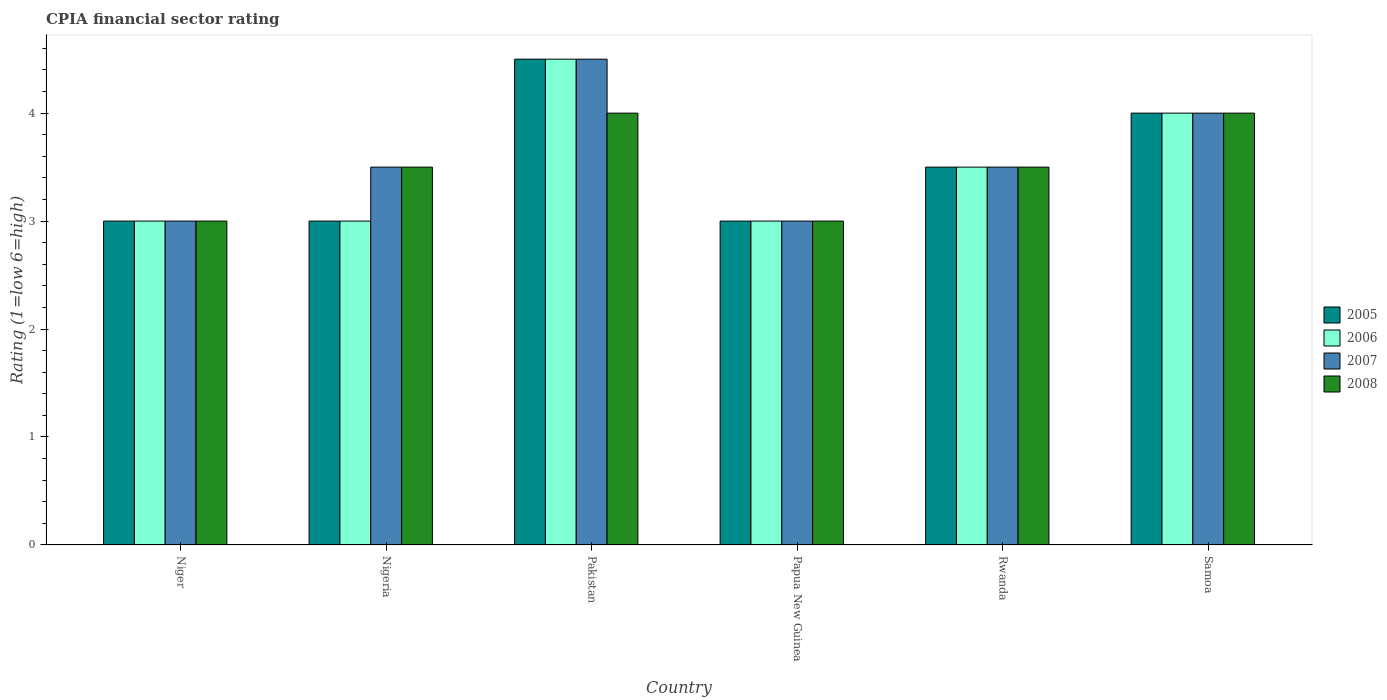
| Country | 2005 | 2006 | 2007 | 2008 |
 | --- | --- | --- | --- | --- |
 | Niger | 3 | 3 | 3 | 3 |
 | Nigeria | 3 | 3 | 3.5 | 3.5 |
 | Pakistan | 4.5 | 4.5 | 4.5 | 4 |
 | Papua New Guinea | 3 | 3 | 3 | 3 |
 | Rwanda | 3.5 | 3.5 | 3.5 | 3.5 |
 | Samoa | 4 | 4 | 4 | 4 |